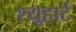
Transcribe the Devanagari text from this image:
श्यूहार्ट